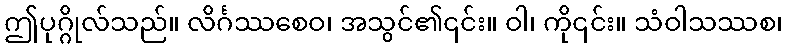
ဤပုဂ္ဂိုလ်သည်။ လိင်္ဂဿစေဝ၊ အသွင်၏၎င်း။ ဝါ၊ ကို၎င်း။ သံဝါသဿစ၊